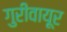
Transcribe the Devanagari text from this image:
गुरीवायूर